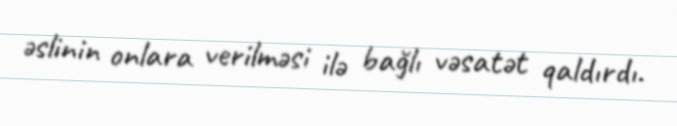
əslinin onlara verilməsi ilə bağlı vəsatət qaldırdı.